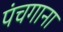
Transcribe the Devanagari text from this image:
पंचगाना